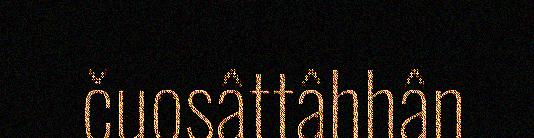
čuosâttâhhân